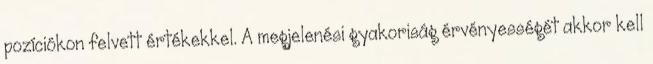
pozíciókon felvett értékekkel. A megjelenési gyakoriság érvényességét akkor kell